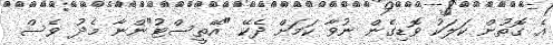
އެ ގޮތުން ކަލަކު ވޮޑިގެން ނުވާ ކަމަށް ދެކޭ "އޭތީސްޓު"ންނާ މެދު ވެސް